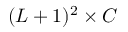
( L + 1 ) ^ { 2 } \times C